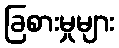
ခြစားမှုများ